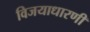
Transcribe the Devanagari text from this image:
विजयाधारणी